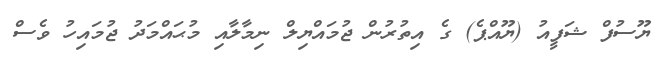
ޔޫސުފް ޝަފީއު (ޔޫއްޕެ) ގެ އިތުރުން ޖުމައްޔިލް ނިމާލާއި މުޙައްމަދު ޖުމައިހު ވެސް